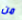
من